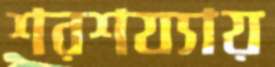
শরশয্যায়